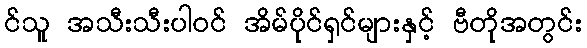
င်သူ အသီးသီးပါဝင် အိမ်ပိုင်ရှင်များနှင့် ဗီတိုအတွင်း